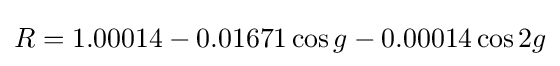
R=1.00014-0.01671\cos g-0.00014\cos 2g